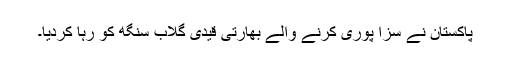
پاکستان نے سزا پوری کرنے والے بھارتی قیدی گلاب سنگھ کو رہا کردیا۔